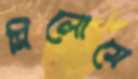
সিলোমে